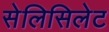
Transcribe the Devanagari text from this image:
सेलिसिलेट